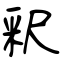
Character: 釈